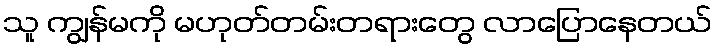
သူ ကျွန်မကို မဟုတ်တမ်းတရားတွေ လာပြောနေတယ်